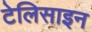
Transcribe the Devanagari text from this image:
टेलिसाइन